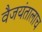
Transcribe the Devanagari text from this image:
वैजयंतालाच